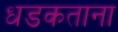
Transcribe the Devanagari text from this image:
धडकताना